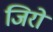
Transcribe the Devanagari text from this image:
जिरो